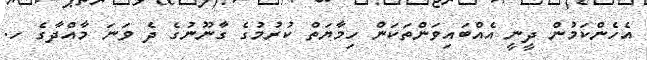
އެހެންކަމުން ދީނީ އެއްބައިވަންތަކަން ހިމާޔަތް ކުރުމުގެ ގާނޫނުގެ ދެ ވަނަ މާއްދާގެ ހ.